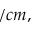
/ c m ,